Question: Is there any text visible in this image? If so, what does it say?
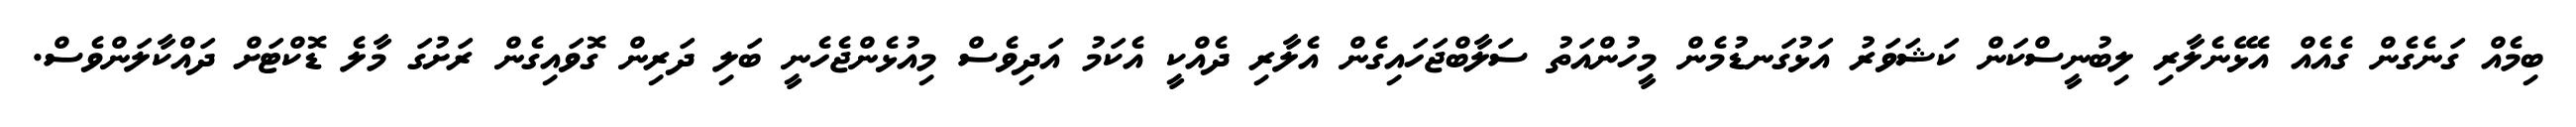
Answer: ބިމެއް ގަނެގެން ގެއެއް އެޅޭނެލާރި ލިބުނީސްކަން ކަޝަވަރު އަޅުގަނޑުމެން މީހުންއަތު ސަލާބްޖަހައިގެން އެލާރި ދެއްކީ އެކަމު އަދިވެސް މިއުޅެންޖެހެނީ ބަލި ދަރިން ގޮވައިގެން ރަށުގަ މާލެ ޑޮކްޓަށް ދައްކާލަންވެސް.